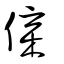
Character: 𠉪